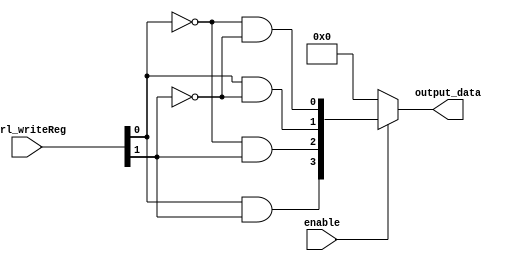

module decoder_2bits(ctrl_writeReg, enable, output_data);
	input [1:0] ctrl_writeReg;
	input enable;
	output [3:0] output_data;
	
	
	wire [3:0] tmp;
	
	and and_decoder1(tmp[0], ~ctrl_writeReg[0], ~ctrl_writeReg[1]);
	and and_decoder2(tmp[1], ctrl_writeReg[0], ~ctrl_writeReg[1]);
	and and_decoder3(tmp[2], ~ctrl_writeReg[0], ctrl_writeReg[1]);
	and and_decoder4(tmp[3], ctrl_writeReg[0], ctrl_writeReg[1]);

	
	assign output_data = enable ? tmp : 4'b0;
endmodule

module decoder_3bits(ctrl_writeReg, enable, output_data);
	input [2:0] ctrl_writeReg;
	input enable;
	output [7:0] output_data;

	wire [3:0] tmp1, tmp2;
	
	decoder_2bits decoder_2bits_1(ctrl_writeReg[1:0], ~ctrl_writeReg[2],tmp1);
	decoder_2bits decoder_2bits_2(ctrl_writeReg[1:0], ctrl_writeReg[2], tmp2);
	
	assign output_data = enable ? {tmp2, tmp1} : 8'b0;
endmodule

module decoder_4bits(ctrl_writeReg, enable, output_data);
	input [3:0] ctrl_writeReg;
	input enable;
	output [15:0] output_data;

	wire [7:0] tmp1, tmp2;
	
	decoder_3bits decoder_3bits_1(ctrl_writeReg[2:0], ~ctrl_writeReg[3], tmp1);
	decoder_3bits decoder_3bits_2(ctrl_writeReg[2:0], ctrl_writeReg[3], tmp2);
	
	assign output_data = enable ? {tmp2, tmp1} : 16'b0;
endmodule

module decoder_5bits(ctrl_writeReg, output_data);
	input [4:0] ctrl_writeReg;

	output [31:0] output_data;

	wire [15:0] tmp1, tmp2;
	
	decoder_4bits decoder_4bits_1(ctrl_writeReg[3:0], ~ctrl_writeReg[4], tmp1);
	decoder_4bits decoder_4bits_2(ctrl_writeReg[3:0], ctrl_writeReg[4], tmp2);
	
	assign output_data = {tmp2, tmp1};
endmodule